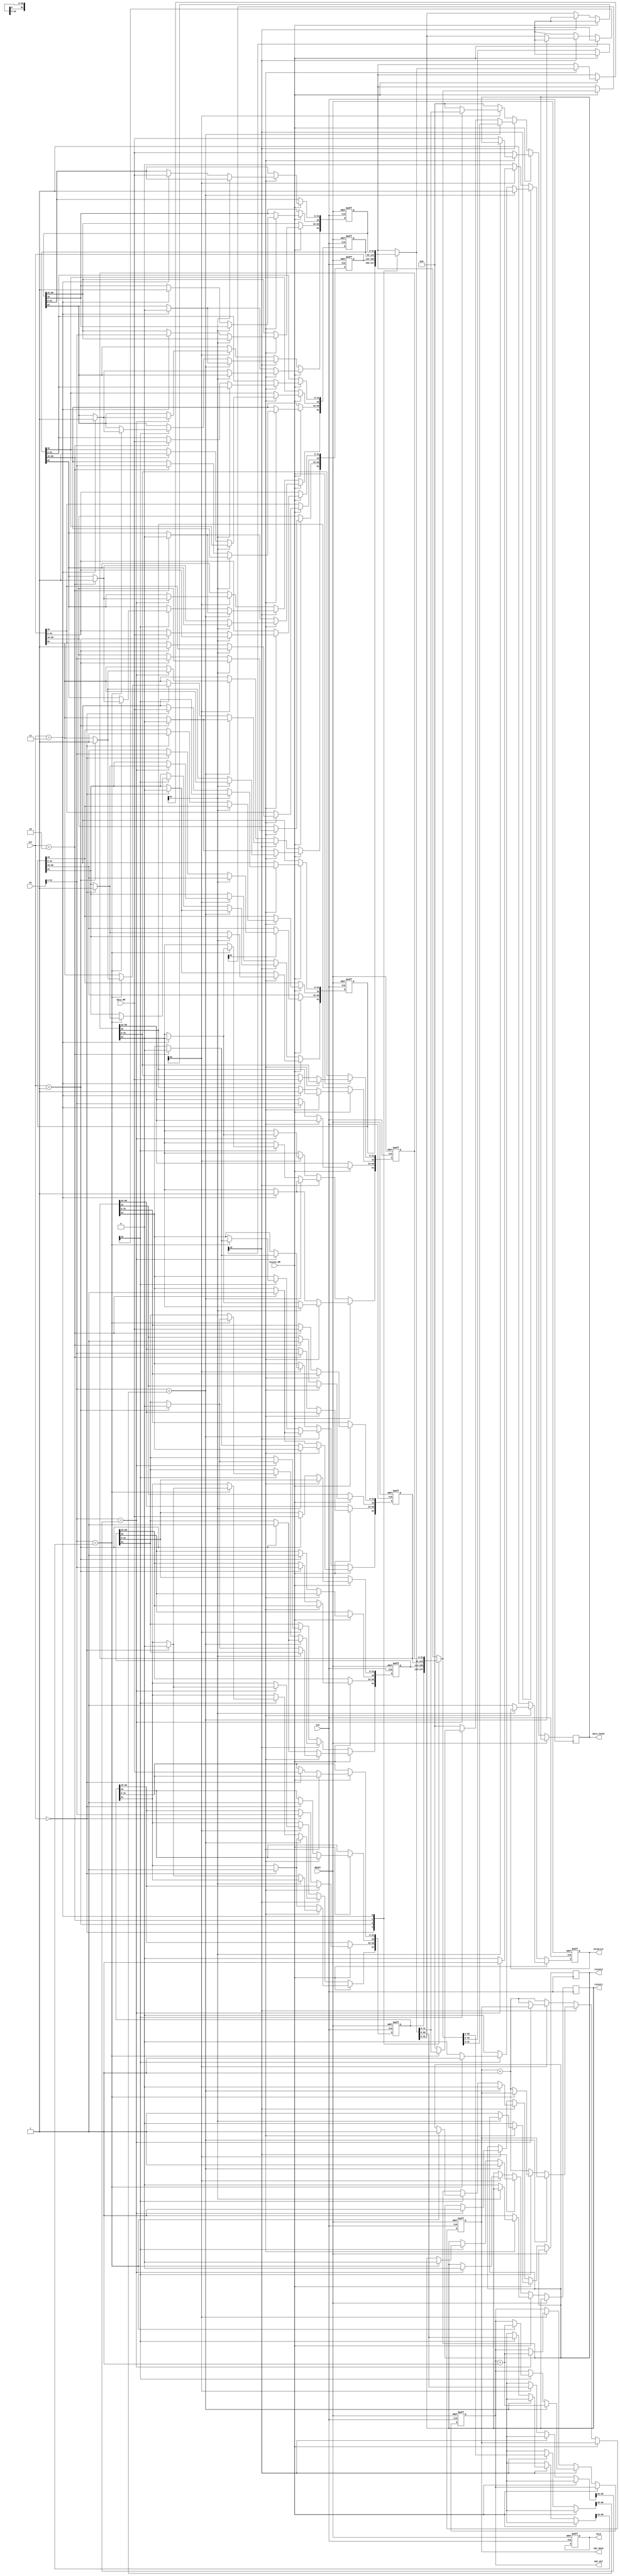
/*
2 way associative cache
Replacement policy: replace not recent used > need 'recent' bit

<set>       PC            PC
 00     [~ 00 00]      [~ 00 00]
 01     [~ 01 00]      [~ 01 00]
 10     [~ 10 00]      [~ 10 00]
 11     [~ 11 00]      [~ 11 00]

*/
/*
module Cache_2way(CLK, RESET, PC, set, Access_MM, Data_MM, HitWrite, Data_Cache, CNT_HIT, CNT_MISS
,recent1, recent2);
        input CLK;
        input RESET;
        input [31:0] PC;
	input [1:0] set;
        input Access_MM;
        input [31:0] Data_MM;
        output reg HitWrite;
        output reg [31:0] Data_Cache;
        output reg [19:0] CNT_HIT, CNT_MISS;

	output reg recent1, recent2;
        
        //reg [1:0] set;
        reg [61:0] cache1 [3:0]; 
        reg [61:0] cache2 [3:0];
        //Data: [31:0], Valid: [32], Tag: [60:33], Recent: [61]
        
        always@(posedge CLK or posedge RESET) begin
                //set <= PC[3:2];
                if (RESET) begin
                        //set <= 2'd0;
                        cache1[0] <= 62'd0;
                        cache1[1] <= 62'd0;
                        cache1[2] <= 62'd0;
                        cache1[3] <= 62'd0;
                        cache2[0] <= 62'd0;
                        cache2[1] <= 62'd0;
                        cache2[2] <= 62'd0;
                        cache2[3] <= 62'd0;
			CNT_HIT <= 20'd0;
			CNT_MISS <= 20'd0;
			HitWrite <= 1'b1; 
                end
                else begin
                        //cache1 <= cache1; //@
                        //cache2 <= cache2; //@
                        
                        if(Access_MM) begin
                                if(cache1[set][61] == 1'b0) begin //Cache1 recently not used
                                        cache1[set][32] <= 1'b1; //Valid     
                                        cache1[set][31:0] <= Data_MM;
                                        cache1[set][61] <= 1'b1; //Recent
                                        cache2[set][61] <= 1'b0; //Recent
					recent1 <= 1'b1;
					recent2 <= 1'b0;
                                        cache1[set][60:33] <= PC[31:4]; //Tag
                                        Data_Cache <= Data_MM;
                                        HitWrite <= 1'b1;                                                     
                                end
                                else if(cache2[set][61] == 1'b0) begin //Cache2 recently not used
                                        cache2[set][32] <= 1'b1; //Valid     
                                        cache2[set][31:0] <= Data_MM;
                                        cache2[set][61] <= 1'b1; //Recent
                                        cache1[set][61] <= 1'b0; //Recent
					recent1 <= 1'b0;
					recent2 <= 1'b1;
                                        cache2[set][60:33] <= PC[31:4]; //Tag
                                        Data_Cache <= Data_MM;
                                        HitWrite <= 1'b1;         
                                end
                        end
                        else if(!Access_MM) begin
                                if(PC[31:4] == cache1[set][60:33]) begin
                                        if(cache1[set][32] == 1'b1) begin
                                           HitWrite <= 1'b1;
                                                Data_Cache <= cache1[set][31:0];
                                                cache1[set][61] <= 1'b1;
                                                cache2[set][61] <= 1'b0;
						recent1 <= 1'b1;
						recent2 <= 1'b0;
                                                CNT_HIT <= CNT_HIT + 1;
                                        end
                                        else begin
                                                HitWrite <= 1'b0;
                                                CNT_MISS <= CNT_MISS + 1;
                                                Data_Cache <= 32'd0;
                                        end
                                end
                                else if(PC[31:4] == cache2[set][60:33]) begin
                                        if(cache2[set][32] == 1'b1) begin
                                           HitWrite <= 1'b1;
                                                Data_Cache <= cache2[set][31:0];
                                                cache1[set][61] <= 1'b0;
                                                cache2[set][61] <= 1'b1;
						recent1 <= 1'b0;
						recent2 <= 1'b1;
                                                CNT_HIT <= CNT_HIT + 1;
                                        end
                                        else begin
                                                HitWrite <= 1'b0;
                                                CNT_MISS <= CNT_MISS + 1;
                                                Data_Cache <= 32'd0;
                                        end  
                                end
                                else begin
                                        HitWrite <= 1'b0;
                                        CNT_MISS <= CNT_MISS + 1;
                                        Data_Cache <= 32'd0;
                                end 
                        end
                end

        end
  
  
endmodule
*/

module Cache_2way(CLK, RESET, PC, set, Access_MM, Data_MM, HitWrite, Data_Cache, CNT_HIT, CNT_MISS
,CCLK,recent1, recent2);
        input CLK;
        input RESET;
        input [31:0] PC;
//----------------------------------------
	input [1:0] set; //size8
	//input [2:0] set; //size16
	//input [3:0] set; //size32
//----------------------------------------
        input Access_MM;
        input [31:0] Data_MM;
        output reg HitWrite;
        output reg [31:0] Data_Cache;
        output reg [19:0] CNT_HIT, CNT_MISS;
	output reg CCLK;
	output reg recent1, recent2;
        
//----------------------------------------
	//size8
        reg [61:0] cache1 [3:0]; 
        reg [61:0] cache2 [3:0];
	//size16
        //reg [61:0] cache1 [7:0]; 
        //reg [61:0] cache2 [7:0];
	//size32
        //reg [61:0] cache1 [15:0]; 
        //reg [61:0] cache2 [15:0];
//----------------------------------------
        //Data: [31:0], Valid: [32], Tag: [60:33], Recent: [61]
        
        always@(posedge CLK or posedge RESET) begin
                if (RESET) begin
//size8
                        cache1[0] <= 62'd0;
                        cache1[1] <= 62'd0;
                        cache1[2] <= 62'd0;
                        cache1[3] <= 62'd0;
                        cache2[0] <= 62'd0;
                        cache2[1] <= 62'd0;
                        cache2[2] <= 62'd0;
                        cache2[3] <= 62'd0;
//size16
/*
                        cache1[4] <= 62'd0;
                        cache1[5] <= 62'd0;
                        cache1[6] <= 62'd0;
                        cache1[7] <= 62'd0;
                        cache2[4] <= 62'd0;
                        cache2[5] <= 62'd0;
                        cache2[6] <= 62'd0;
                        cache2[7] <= 62'd0;
*/
//size32
/*
                        cache1[8] <= 62'd0;
                        cache1[9] <= 62'd0;
                        cache1[10] <= 62'd0;
                        cache1[11] <= 62'd0;
                        cache2[8] <= 62'd0;
                        cache2[9] <= 62'd0;
                        cache2[10] <= 62'd0;
                        cache2[11] <= 62'd0;
                        cache1[12] <= 62'd0;
                        cache1[13] <= 62'd0;
                        cache1[14] <= 62'd0;
                        cache1[15] <= 62'd0;
                        cache2[12] <= 62'd0;
                        cache2[13] <= 62'd0;
                        cache2[14] <= 62'd0;
                        cache2[15] <= 62'd0;
*/
			CNT_HIT <= 20'd0;
			CNT_MISS <= 20'd0;
			HitWrite <= 1'b1; 
			CCLK <= 1'b0;
                end
                else begin                      
                        if(Access_MM) begin
                                if(cache1[set][61] == 1'b0) begin //Cache1 recently not used
                                        cache1[set][32] <= 1'b1; //Valid     
                                        cache1[set][31:0] <= Data_MM;
                                        cache1[set][61] <= 1'b1; //Recent
                                        cache2[set][61] <= 1'b0; //Recent
					recent1 <= 1'b1;
					recent2 <= 1'b0;
//----------------------------------------------------------------------------------------
					//Size8
                                        cache1[set][60:33] <= PC[31:4]; //Tag
					//Size16
                                        //cache1[set][60:33] <= PC[31:5]; //Tag
					//Size32
                                        //cache1[set][60:33] <= PC[31:6]; //Tag
//----------------------------------------------------------------------------------------
                                        Data_Cache <= Data_MM;
                                        HitWrite <= 1'b1;                                                     
                                end
                                else if(cache2[set][61] == 1'b0) begin //Cache2 recently not used
                                        cache2[set][32] <= 1'b1; //Valid     
                                        cache2[set][31:0] <= Data_MM;
                                        cache2[set][61] <= 1'b1; //Recent
                                        cache1[set][61] <= 1'b0; //Recent
					recent1 <= 1'b0;
					recent2 <= 1'b1;
//----------------------------------------------------------------------------------------
					//Size8
                                        cache2[set][60:33] <= PC[31:4]; //Tag
					//Size16
                                        //cache2[set][60:33] <= PC[31:5]; //Tag					
					//Size32
                                        //cache2[set][60:33] <= PC[31:6]; //Tag
//---------------------------------------------------------------------------------------- 
                                        Data_Cache <= Data_MM; 
                                        HitWrite <= 1'b1;         
                                end
                        end
                        else if(!Access_MM) begin
                                if(cache1[set][32] == 1'b1) begin
//---------------------------------------------------------------------------------------- 
					//Size8
                                        if(PC[31:4] == cache1[set][60:33]) begin
					//Size16
                                        //if(PC[31:5] == cache1[set][60:33]) begin
					//Size32
                                        //if(PC[31:6] == cache1[set][60:33]) begin
//---------------------------------------------------------------------------------------- 
                                           HitWrite <= 1'b1;
                                                Data_Cache <= cache1[set][31:0];
                                                cache1[set][61] <= 1'b1;
                                                cache2[set][61] <= 1'b0;
						recent1 <= 1'b1;
						recent2 <= 1'b0;
                                                CNT_HIT <= CNT_HIT + 1;
                                        end
					else if(cache2[set][32] == 1'b1) begin
//---------------------------------------------------------------------------------------- 
						//Size8
						if(PC[31:4] == cache2[set][60:33]) begin
						//Size16
						//if(PC[31:5] == cache2[set][60:33]) begin
						//Size32
						//if(PC[31:6] == cache2[set][60:33]) begin
//---------------------------------------------------------------------------------------- 
							HitWrite <= 1'b1;
                                  	              	Data_Cache <= cache2[set][31:0];
                                  	              	cache1[set][61] <= 1'b0;
                                   	             	cache2[set][61] <= 1'b1;
							recent1 <= 1'b0;
							recent2 <= 1'b1;
                                       	        	CNT_HIT <= CNT_HIT + 1;
						end
                                        	else begin
                                                	HitWrite <= 1'b0;
                                                	CNT_MISS <= CNT_MISS + 1;
                                                	Data_Cache <= 32'd0;
                                        	end  
                                	end
                                        else begin
                                                HitWrite <= 1'b0;
                                                CNT_MISS <= CNT_MISS + 1;
                                                Data_Cache <= 32'd0;
                                        end 
				end
				else if(cache2[set][32] == 1'b1) begin
//---------------------------------------------------------------------------------------- 
					//Size8
					if(PC[31:4] == cache2[set][60:33]) begin
					//Size16
					//if(PC[31:5] == cache2[set][60:33]) begin
					//Size32
					//if(PC[31:6] == cache2[set][60:33]) begin
//---------------------------------------------------------------------------------------- 
						HitWrite <= 1'b1;
                                                Data_Cache <= cache2[set][31:0];
                                                cache1[set][61] <= 1'b0;
                                                cache2[set][61] <= 1'b1;
						recent1 <= 1'b0;
						recent2 <= 1'b1;
                                                CNT_HIT <= CNT_HIT + 1;
					end
                                        else begin
                                                HitWrite <= 1'b0;
                                                CNT_MISS <= CNT_MISS + 1;
                                                Data_Cache <= 32'd0;
                                        end  
                                end
                                else begin
                                        HitWrite <= 1'b0;
                                        CNT_MISS <= CNT_MISS + 1;
                                        Data_Cache <= 32'd0;
                                end 
                        end
                end

        end
  always@(CLK) begin CCLK <= (!CCLK); end
  
endmodule